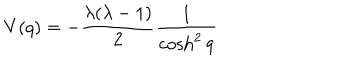
LaTeX: V ( q ) = - \frac { \lambda ( \lambda - 1 ) } { 2 } \frac { 1 } { \cosh ^ { 2 } q }